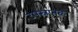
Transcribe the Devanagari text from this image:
उपस्नातक